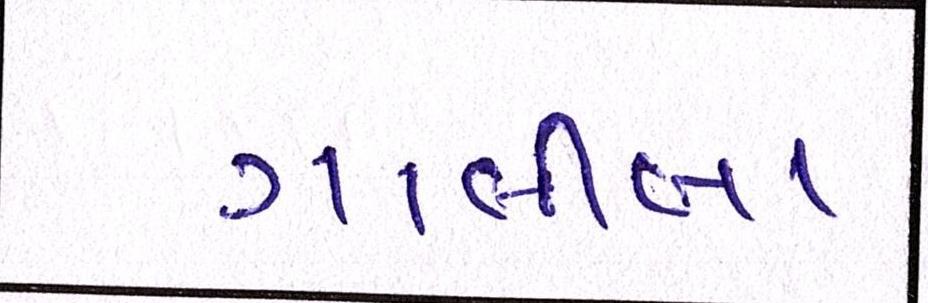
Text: ગાલીબા